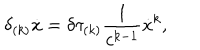
\delta _ { ( k ) } \dot { x } = \delta \tau _ { ( k ) } \frac { 1 } { c ^ { k - 1 } } \dot { x } ^ { k } ,